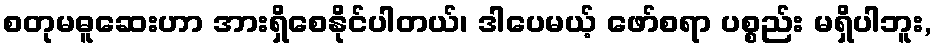
စတုမဓူဆေးဟာ အားရှိစေနိုင်ပါတယ်၊ ဒါပေမယ့် ဖော်စရာ ပစ္စည်း မရှိပါဘူး,